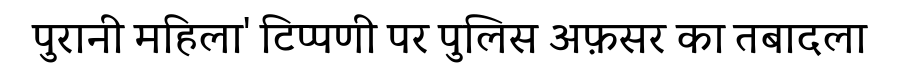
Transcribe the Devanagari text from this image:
पुरानी महिला' टिप्पणी पर पुलिस अफ़सर का तबादला